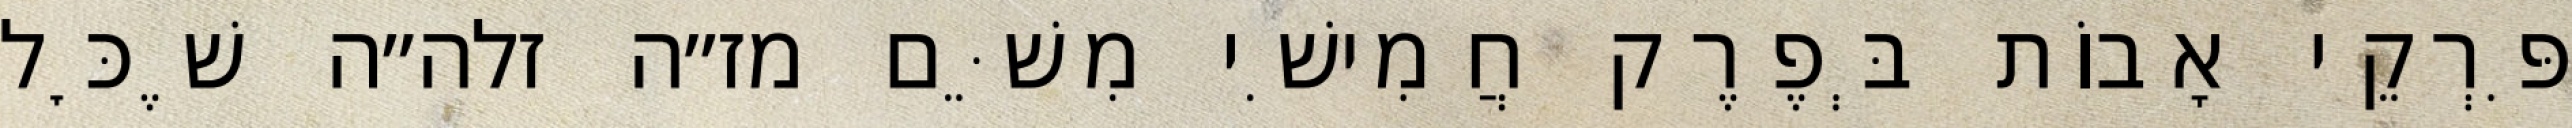
פִּרְקֵי אָבוֹת בְּפֶרֶק חֲמִישִׁי מִשֵּׁם מז״ה זלה״ה שֶׁכׇּל